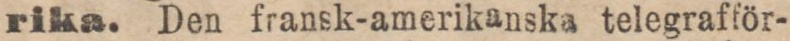
rika. Den fransk-amerikanska telegrafför-